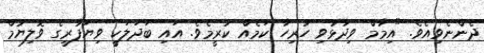
ދެންނެވިއެވެ. "އިމާމް ވިދާޅުވި ހުރިހާ ކަމެއް ކުރީމެވެ. އައި ބަދަލަކީ ވިޔަފާރީގެ ވޮލިޔުމް